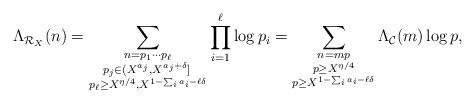
LaTeX: \begin{align*}\Lambda_{\mathcal{R}_X}(n)=\sum_{\substack{n=p_1\cdots p_\ell\\ p_j\in (X^{a_j},X^{a_j+\delta}]\,\\ p_\ell\ge X^{\eta/4},X^{1-\sum_ia_i-\ell\delta}}}\prod_{i=1}^\ell \log{p_i}=\sum_{\substack{n=mp\\ p\ge X^{\eta/4}\\ p\ge X^{1-\sum_ia_i-\ell\delta}}}\Lambda_{\mathcal{C}}(m)\log{p},\end{align*}